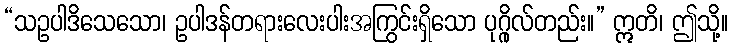
“သဥပါဒိသေသော၊ ဥပါဒန်တရားလေးပါးအကြွင်းရှိသော ပုဂ္ဂိုလ်တည်း။” ဣတိ၊ ဤသို့။